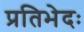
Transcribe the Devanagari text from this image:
प्रतिभेदः